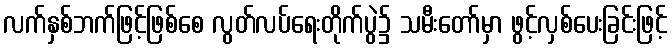
လက်နှစ်ဘက်ဖြင့်ဖြစ်စေ လွတ်လပ်ရေးတိုက်ပွဲ၌ သမီးတော်မှာ ဖွင့်လှစ်ပေးခြင်းဖြင့်